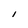
Character: l